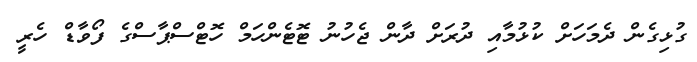
ގުޅިގެން ދެމަހަށް ކުޅުމާއި ދުރަށް ދާން ޖެހުނު ޓޮޓެންހަމް ހޮޓްސްޕާސްގެ ފޯވާޑް ހެރީ